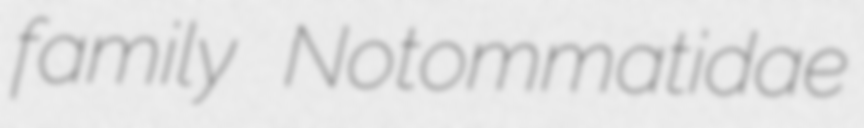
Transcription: family Notommatidae